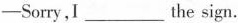
——Sorry,I___ the sign.